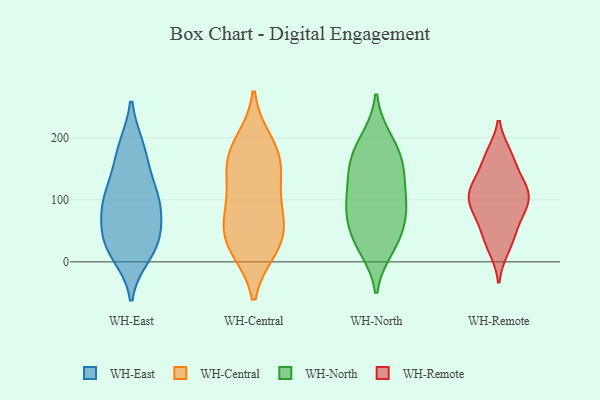
{"axis": {"x": "Humidity (%)", "y": "Value"}, "legend": ["WH-Central", "WH-East", "WH-North", "WH-Remote"], "data": [{"x": "", "y": 25, "type": "WH-East"}, {"x": "", "y": 184, "type": "WH-East"}, {"x": "", "y": 87, "type": "WH-East"}, {"x": "", "y": 87, "type": "WH-East"}, {"x": "", "y": 106, "type": "WH-East"}, {"x": "", "y": 117, "type": "WH-East"}, {"x": "", "y": 37, "type": "WH-East"}, {"x": "", "y": 184, "type": "WH-East"}, {"x": "", "y": 47, "type": "WH-East"}, {"x": "", "y": 24, "type": "WH-East"}, {"x": "", "y": 12, "type": "WH-East"}, {"x": "", "y": 84, "type": "WH-East"}, {"x": "", "y": 145, "type": "WH-East"}, {"x": "", "y": 149, "type": "WH-Central"}, {"x": "", "y": 42, "type": "WH-Central"}, {"x": "", "y": 190, "type": "WH-Central"}, {"x": "", "y": 101, "type": "WH-Central"}, {"x": "", "y": 88, "type": "WH-Central"}, {"x": "", "y": 24, "type": "WH-Central"}, {"x": "", "y": 171, "type": "WH-Central"}, {"x": "", "y": 26, "type": "WH-Central"}, {"x": "", "y": 56, "type": "WH-Central"}, {"x": "", "y": 161, "type": "WH-Central"}, {"x": "", "y": 152, "type": "WH-North"}, {"x": "", "y": 78, "type": "WH-North"}, {"x": "", "y": 199, "type": "WH-North"}, {"x": "", "y": 24, "type": "WH-North"}, {"x": "", "y": 85, "type": "WH-North"}, {"x": "", "y": 163, "type": "WH-North"}, {"x": "", "y": 80, "type": "WH-North"}, {"x": "", "y": 45, "type": "WH-North"}, {"x": "", "y": 21, "type": "WH-North"}, {"x": "", "y": 90, "type": "WH-North"}, {"x": "", "y": 195, "type": "WH-North"}, {"x": "", "y": 162, "type": "WH-North"}, {"x": "", "y": 118, "type": "WH-North"}, {"x": "", "y": 149, "type": "WH-North"}, {"x": "", "y": 43, "type": "WH-North"}, {"x": "", "y": 114, "type": "WH-North"}, {"x": "", "y": 89, "type": "WH-Remote"}, {"x": "", "y": 113, "type": "WH-Remote"}, {"x": "", "y": 127, "type": "WH-Remote"}, {"x": "", "y": 22, "type": "WH-Remote"}, {"x": "", "y": 100, "type": "WH-Remote"}, {"x": "", "y": 42, "type": "WH-Remote"}, {"x": "", "y": 167, "type": "WH-Remote"}, {"x": "", "y": 92, "type": "WH-Remote"}, {"x": "", "y": 124, "type": "WH-Remote"}, {"x": "", "y": 172, "type": "WH-Remote"}, {"x": "", "y": 63, "type": "WH-Remote"}]}